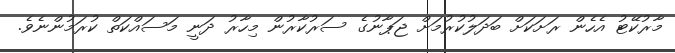
މާރުކޭޓު އެހެން ރަށަކަށް ބަދަލުކުރުމަށް ޖަޕާނުގެ ސަރުކާރުން މިހާރު ދަނީ މަސައްކަތް ކުރަމުންނެވެ.